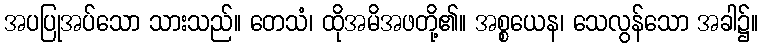
အပပြုအပ်သော သားသည်။ တေသံ၊ ထိုအမိအဖတို့၏။ အစ္စယေန၊ သေလွန်သော အခါ၌။